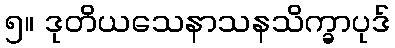
၅။ ဒုတိယသေနာသနသိက္ခာပုဒ်